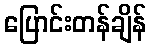
ပြောင်းတန်ချိန်